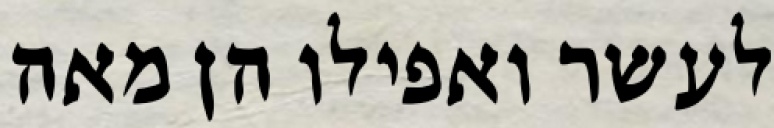
לעשר ואפילו הן מאה